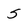
Character: 5